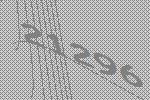
21296